Madras plague regulations in force outside the Presidency town - Volume 1
Disease focus: Plague
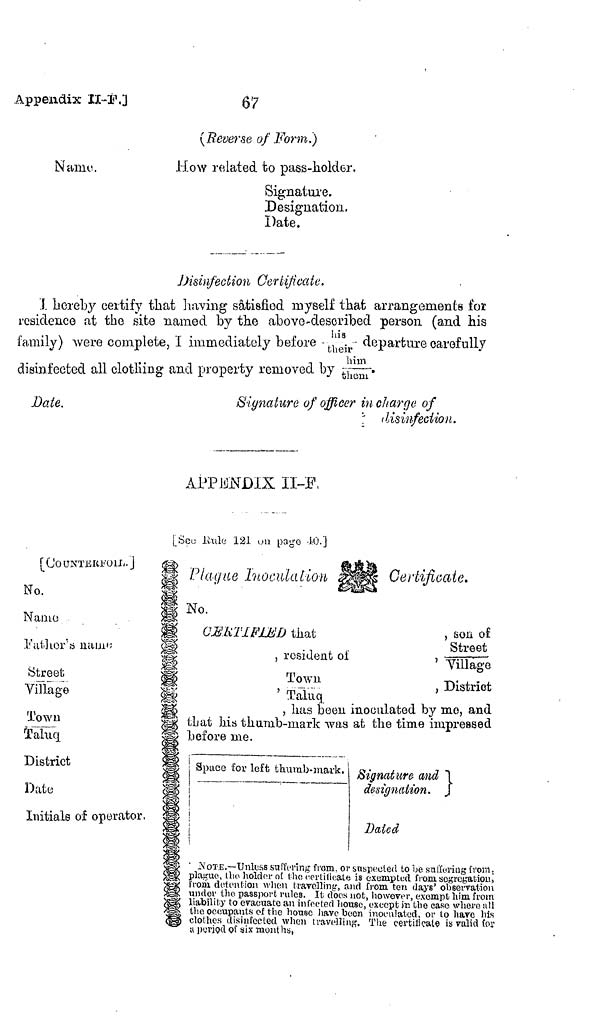
Appendix
II-F.]
67
(Reverse of Form.)
Name.
How related to pass-holder.
Signature.
Designation.
Date,
Disinfection Certificate.
I. hereby certify that having satisfied myself that arrangements for
residence at the site named by the above-described person (and his
family) were complete, I immediately before -
- departure carefully
disinfected all clothing and property removed by him/them..
Date.
Signature of officer in charge of
disinfection.
APPENDIX II-F.
[See Rule 121 on page 10.]
[(COUNTERFOIL ]
No.
Name
Father's name
Street
Village
Town
Taluq.
District
Date
Initials of operator,
Plague Inoculation,
Certificate.
No.
CERTIFIED that
, son of
Street
,
resident
of
Tillage
Town
, District
' Taluq
, has been inoculated by mo, and
that his thumb-mark was at the time impressed
before me.
Space for left thumb-mark. Sigmtlir& md
designation.
Dated
\
NOTE,—Unlesss suffcnng from, or suspected to be suffering from.
plague, the holder of the certificate is exempted from segregation
from detention when travelling, and from ten days' observation
under the passport rules. It does not, however, exempt him from
house, execpt jr. the case where all
e been moeulated, or to have his
lling.
The certificate is valid for
u period of six months,